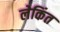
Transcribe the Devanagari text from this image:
लेकिंत